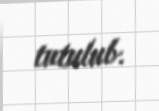
tutulub.